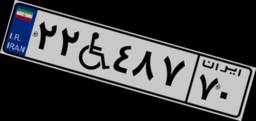
۲۲W۴۸۷۷۰